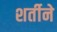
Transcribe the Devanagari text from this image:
शर्तीने